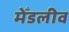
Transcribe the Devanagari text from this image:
मेँडलीव